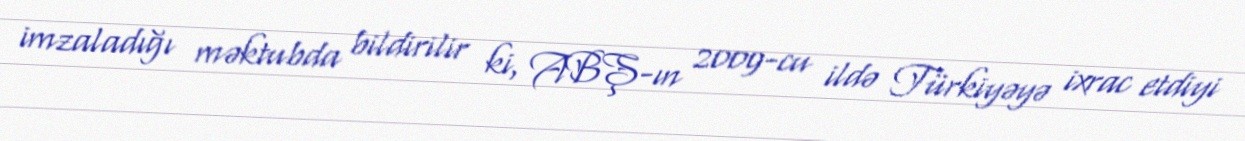
imzaladığı məktubda bildirilir ki, ABŞ-ın 2009-cu ildə Türkiyəyə ixrac etdiyi